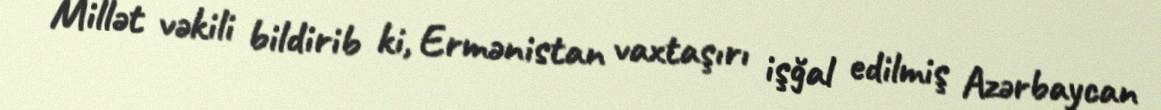
Millət vəkili bildirib ki, Ermənistan vaxtaşırı işğal edilmiş Azərbaycan